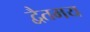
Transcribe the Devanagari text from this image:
द्वैतमय